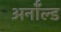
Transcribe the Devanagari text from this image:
अर्नॉल्ड